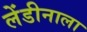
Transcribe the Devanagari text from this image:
लेंडीनाला